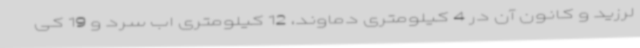
لرزید و کانون آن در 4 کیلومتری دماوند، 12 کیلومتری اب سرد و 19 کی